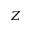
Z